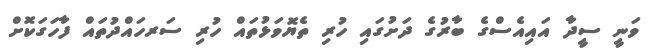
ވަނީ ސީދާ އައިއެސްގެ ބާރުގެ ދަށުގައި ހުރި ތެޔޮވަޅުތައް ހުރި ސަރހައްދުތައް ފާހަގަކޮށް